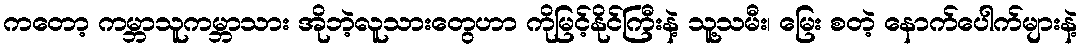
ကတော့ ကမ္ဘာသူကမ္ဘာသား အိုဘဲ့လူသားတွေဟာ ကိုမြင့်နိုင်ကြီးနဲ့ သူ့သမီး၊ မြေး စတဲ့ နောက်ပေါက်များနဲ့